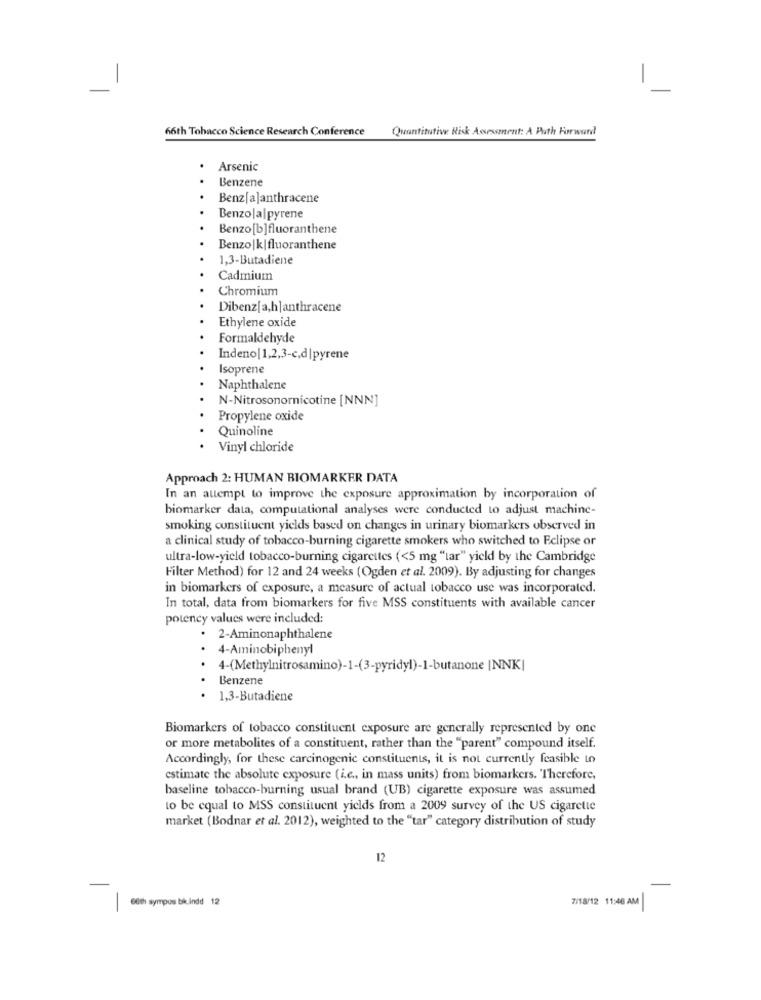
-
-
66th Tobacco Science Research Conference
Quantitative Risk Assessment: A Path Forward
Arsenic
Benzene
.
Benz[a]anthracene
.
Benzo |alpyrene
Benzo[b]fluoranthene
Benzo |k|fluoranthene
1,3-Butadiene
Cadmium
Chromium
Dibenz[a,h]anthracene
Ethylene oxide
Formaldehyde
Indeno|1,2,3-c,d|pyrene
Isoprene
Naphthalene
N-Nitrosonornicotine [NNN]
Propylene oxide
Quinoline
Vinyl chloride
Approach 2: HUMAN BIOMARKER DATA
In an attempt to improve the exposure approximation by incorporation of
biomarker data, computational analyses were conducted to adjust machine-
smoking constituent yields based on changes in urinary biomarkers observed in
a clinical study of tobacco-burning cigarette smokers who switched to Eclipse or
ultra-low-yield tobacco-burning cigarettes (<5 mg "tar" yield by the Cambridge
Filter Method) for 12 and 24 weeks (Ogden et al. 2009). By adjusting for changes
in biomarkers of exposure, a measure of actual tobacco use was incorporated.
In total, data from biomarkers for five MSS constituents with available cancer
potency values were included:
2-Aminonaphthalene
4-Aminobiphenyl
4-(Methylnitrosamino)-1-(3-pyridyl)-1-butanone |NNK|
Benzene
1,3-Butadiene
Biomarkers of tobacco constituent exposure are generally represented by one
or more metabolites of a constituent, rather than the "parent" compound itself.
Accordingly, for these carcinogenic constituents, it is not currently feasible Lo
estimate the absolute exposure (i.e ., in mass units) from biomarkers. Therefore,
baseline tobacco-burning usual brand (UB) cigarette exposure was assumed
to be equal to MSS constituent yields from a 2009 survey of the US cigarette
market (Bodnar et al. 2012), weighted to the "tar" category distribution of study
12
7/18/12 11:46 AM
6th sympos bik.indd 12